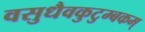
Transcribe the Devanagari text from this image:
वसुधैवकुटुम्बकम्